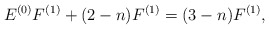
\begin{align*}E^{(0)}F^{(1)}+(2-n)F^{(1)}=(3-n)F^{(1)},\end{align*}